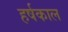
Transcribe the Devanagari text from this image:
हर्षकाल